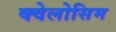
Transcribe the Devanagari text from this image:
क्वेलोसिम